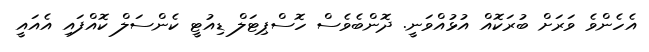
އެހެންވެ ވަރަށް ބުރަކޮއް އުޅުއްވަނީ. ދޮންބެވެސް ހޮސްޕިޓަލް ޑިއުޓީ ކެންސަލް ކޮއްފައި އެއައީ